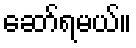
ဆော်ရမယ်။